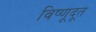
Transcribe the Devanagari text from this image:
विष्णूदूत